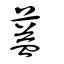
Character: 𦶩